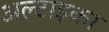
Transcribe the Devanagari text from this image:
अल्टाइका